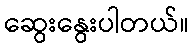
ဆွေးနွေးပါတယ်။